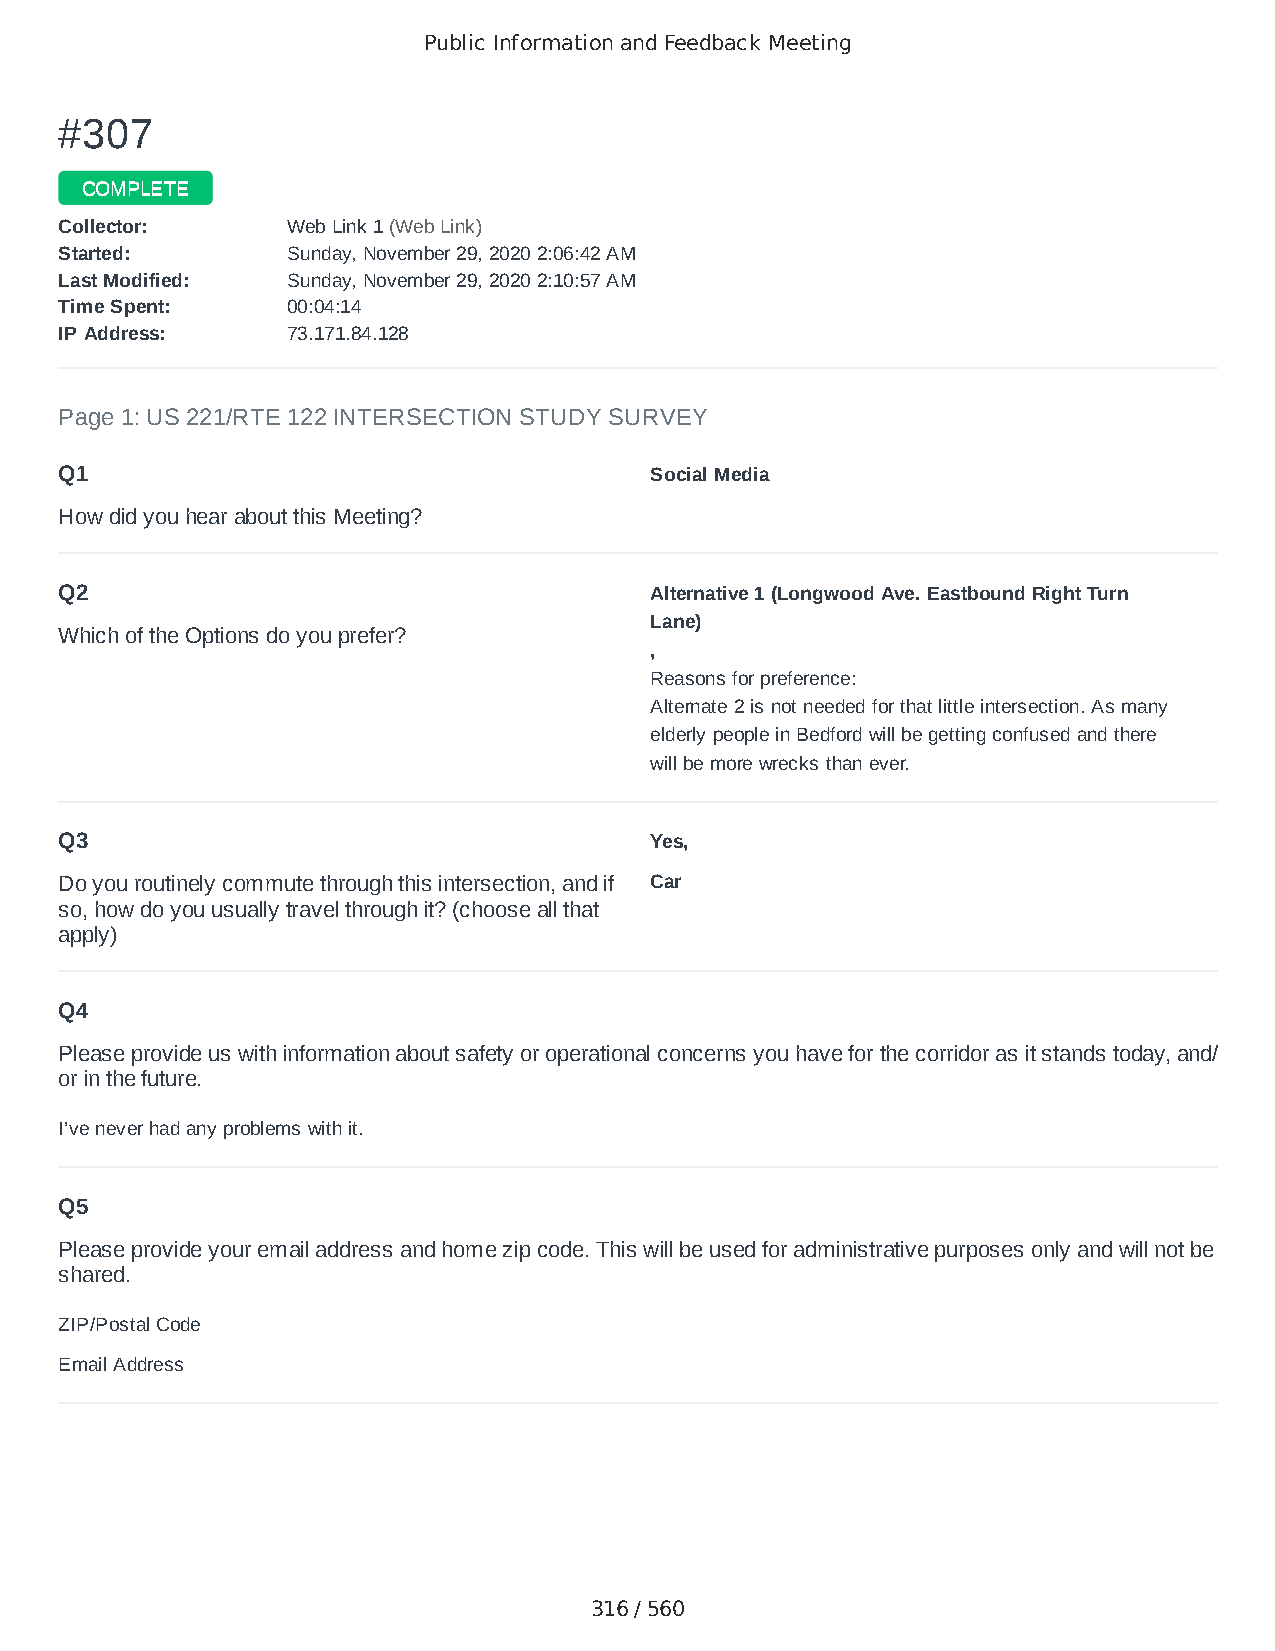
Public Information and Feedback Meeting
 ##330077
 CCOOMMPPLLEETTEE
 CCoolllleeccttoorr:: WWeebb LLiinnkk 11 ((WWeebb LLiinnkk))
 SSttaarrtteedd:: SSuunnddaayy,, NNoovveemmbbeerr 2299,, 22002200 22::0066::4422 AAMM
 LLaasstt MMooddiiffiieedd:: SSuunnddaayy,, NNoovveemmbbeerr 2299,, 22002200 22::1100::5577 AAMM
 TTiimmee SSppeenntt:: 0000::0044::1144
 IIPP AAddddrreessss:: 7733..117711..8844..112288
 Page 1: US 221/RTE 122 INTERSECTION STUDY SURVEY
 Q1                                     Social Media
 How did you hear about this Meeting?
 Q2                                     Alternative 1 (Longwood Ave. Eastbound Right Turn
 Lane)
 Which of the Options do you prefer?
 ,
 Reasons for preference:
 Alternate 2 is not needed for that little intersection. As many
 elderly people in Bedford will be getting confused and there
 will be more wrecks than ever.
 Q3                                     Yes,
 Do you routinely commute through this intersection, and if Car
 so, how do you usually travel through it? (choose all that
 apply)
 Q4
 Please provide us with information about safety or operational concerns you have for the corridor as it stands today, and/
 or in the future.
 I’ve never had any problems with it.
 Q5
 Please provide your email address and home zip code. This will be used for administrative purposes only and will not be
 shared.
 ZIP/Postal Code                        24174
 Email Address                          poopiedog@aol.com
 316 / 560